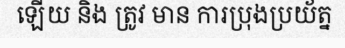
ឡើយ និង ត្រូវ មាន ការប្រុងប្រយ័ត្ន